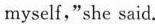
myself,"she said.